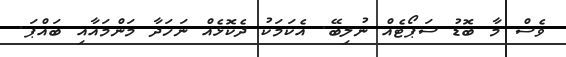
ވެސް މާ ބޮޑު ސަޕޯޓެއް ނުލިބޭ. އެކަމަކު ދެކޮޅެއް ނަހަދާ މަންމައާއި ބައްޕަ.